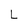
Character: L